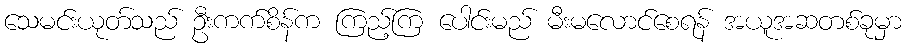
သေမင်းယုတ်သည် ဦးကက်စိန်က ကြည့်ကြ ပေါင်းမည် မီးမလောင်စေရန် အယူအဆတစ်ခုမှာ